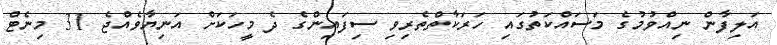
އަލިފާން ނިއްވުމުގެ މަސައްކަތުގައި ހަރަކާތްތެރިވި ސިފައިންގެ ދެ މީހަކަށް އަނިޔާވެއްޖެ 31 މިނެޓް